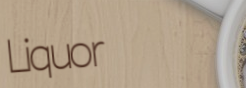
Liquor